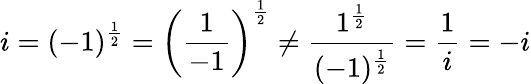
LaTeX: i=(-1)^{\frac{1}{2}}=\left({\frac{1}{-1}}\right)^{\frac{1}{2}}\not={\frac{1^{\frac{1}{2}}}{(-1)^{\frac{1}{2}}}}={\frac{1}{i}}=-i